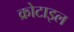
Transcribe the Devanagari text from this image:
क्रोटाइल